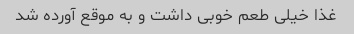
غذا خیلی طعم خوبی داشت و به موقع آورده شد